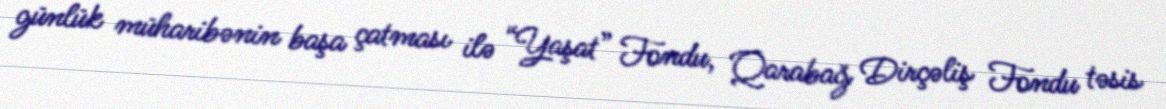
günlük müharibənin başa çatması ilə “Yaşat” Fondu, Qarabağ Dirçəliş Fondu təsis